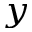
_ y